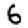
Digit: 6